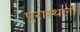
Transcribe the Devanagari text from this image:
पुरास्थलों